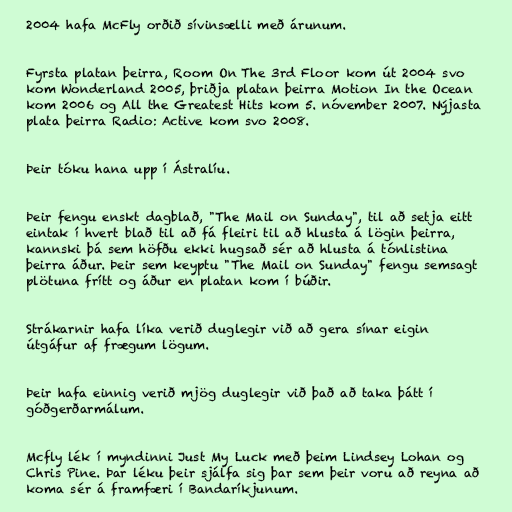
2004 hafa McFly orðið sívinsælli með árunum.

Fyrsta platan þeirra, Room On The 3rd Floor kom út 2004 svo
kom Wonderland 2005, þriðja platan þeirra Motion In the Ocean
kom 2006 og All the Greatest Hits kom 5. nóvember 2007. Nýjasta
plata þeirra Radio: Active kom svo 2008.

Þeir tóku hana upp í Ástralíu.

Þeir fengu enskt dagblað, "The Mail on Sunday", til að setja eitt
eintak í hvert blað til að fá fleiri til að hlusta á lögin þeirra,
kannski þá sem höfðu ekki hugsað sér að hlusta á tónlistina
þeirra áður. Þeir sem keyptu "The Mail on Sunday" fengu semsagt
plötuna frítt og áður en platan kom í búðir.

Strákarnir hafa líka verið duglegir við að gera sínar eigin
útgáfur af frægum lögum.

Þeir hafa einnig verið mjög duglegir við það að taka þátt í
góðgerðarmálum.

Mcfly lék í myndinni Just My Luck með þeim Lindsey Lohan og
Chris Pine. Þar léku þeir sjálfa sig þar sem þeir voru að reyna að
koma sér á framfæri í Bandaríkjunum.